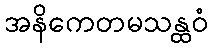
အနိကေတမသန္ထဝံ